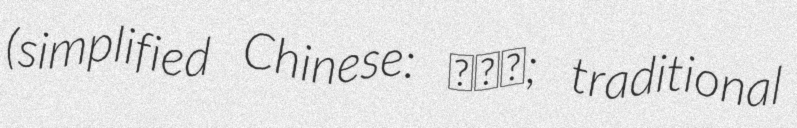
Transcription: (simplified Chinese: 炎陵县; traditional